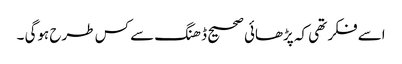
اسے فکر تھی کہ پڑھائی صحیح ڈھنگ سے کس طرح ہوگی ۔